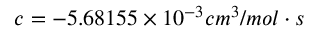
c = - 5 . 6 8 1 5 5 \times 1 0 ^ { - 3 } c m ^ { 3 } / m o l \cdot s